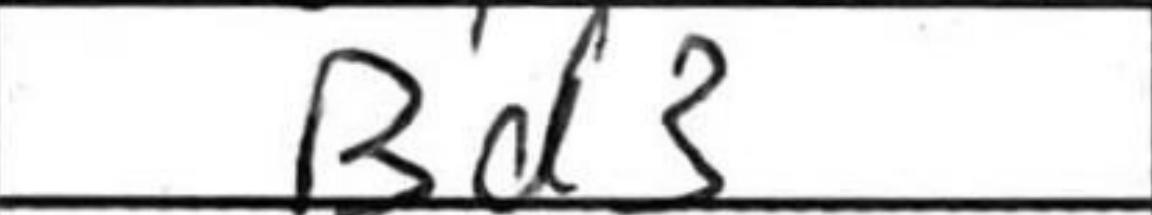
Transcription: Bd3